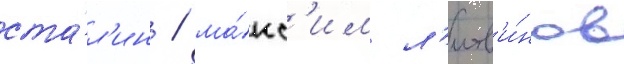
ста́л'ин / ма́кс'им л'итв'и́нов